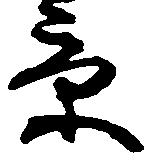
京